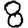
Digit: 8